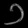
Digit: ၁